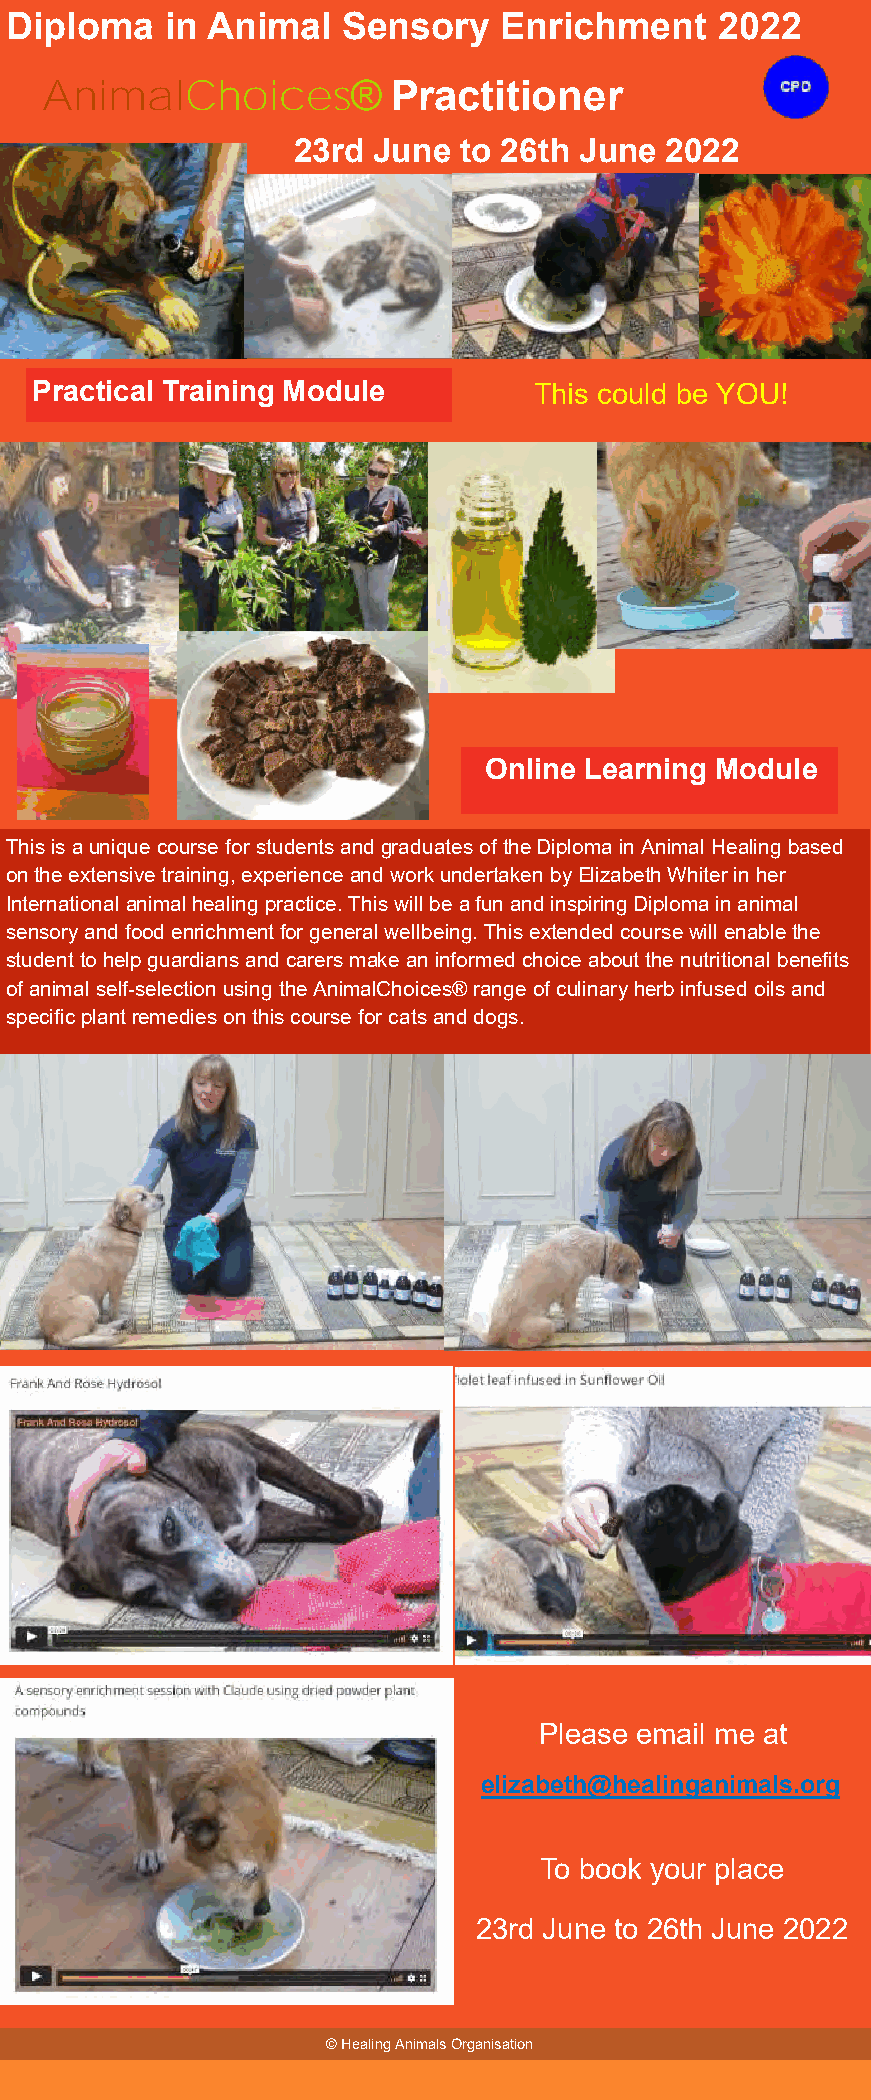
Diploma    in Animal   Sensory   Enrichment    2022
 AnimalChoices®
 Practitioner
 23rd  June to 26th June  2022
 Practical Training Module        This could be YOU!
 Online Learning Module
 This is a unique course for students and graduates of the Diploma in Animal Healing based
 on the extensive training, experience and work undertaken by Elizabeth Whiter in her
 International animal healing practice. This will be a fun and inspiring Diploma in animal
 sensory and food enrichment for general wellbeing. This extended course will enable the
 student to help guardians and carers make an informed choice about the nutritional benefits
 of animal self-selection using the AnimalChoices® range of culinary herb infused oils and
 specific plant remedies on this course for cats and dogs.
 Please email me at
 .
 elizabeth@healinganimals.org
 To book your place
 23rd June to 26th June 2022
 © Healing Animals Organisation